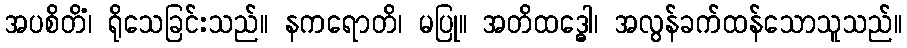
အပစိတိံ၊ ရိုသေခြင်းသည်။ နကရောတိ၊ မပြု။ အတိထဒ္ဓေါ၊ အလွန်ခက်ထန်သောသူသည်။